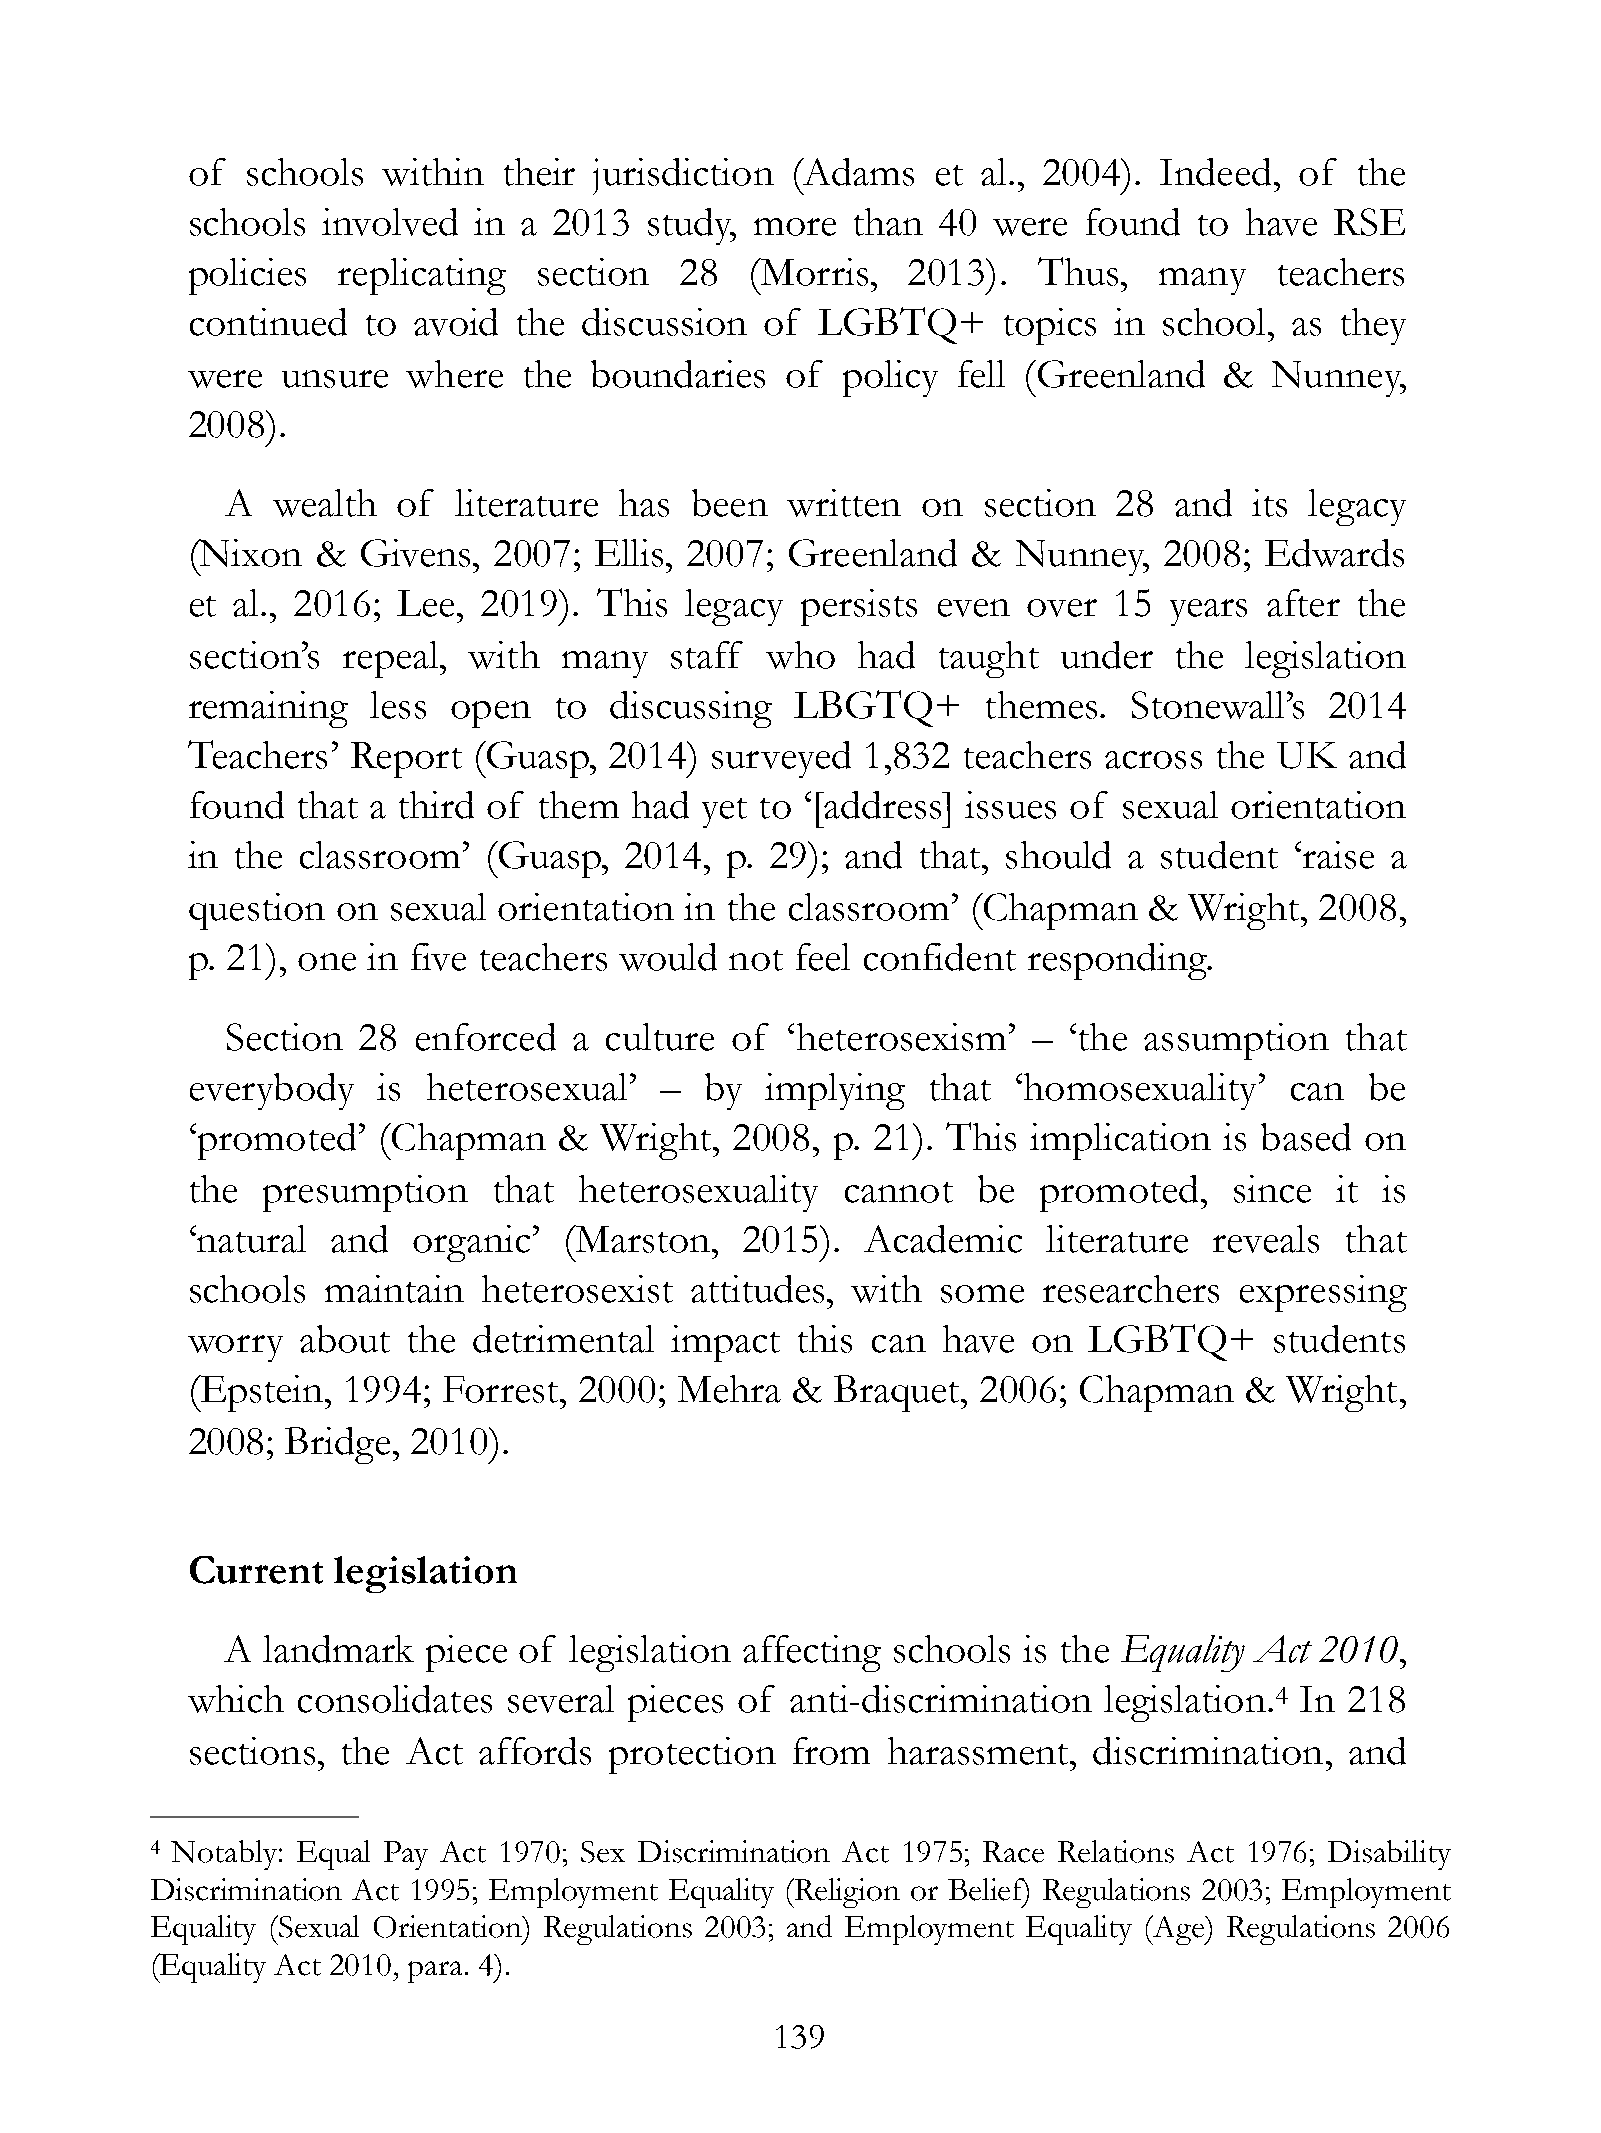
of  schools  within  their jurisdiction (Adams    et al., 2004). Indeed,  of  the
 schools  involved  in a  2013  study, more  than  40  were  found  to have  RSE
 policies  replicating  section   28   (Morris,  2013).   Thus,   many   teachers
 continued   to avoid  the  discussion  of LGBTQ+      topics  in school, as  they
 were   unsure  where   the boundaries   of  policy fell (Greenland   &  Nunney,
 2008).
 A  wealth  of  literature has  been  written  on  section  28  and  its legacy
 (Nixon   &  Givens,  2007; Ellis, 2007; Greenland   &  Nunney,   2008;  Edwards
 et al., 2016; Lee,  2019). This  legacy  persists even  over  15 years  after the
 section’s  repeal, with  many   staff  who   had  taught  under   the legislation
 remaining    less open   to discussing   LBGTQ+      themes.   Stonewall’s  2014
 Teachers’  Report  (Guasp,  2014)  surveyed  1,832  teachers across the UK   and
 found   that a third of them  had yet to ‘[address] issues of sexual orientation
 in the  classroom’  (Guasp,  2014,  p. 29); and  that, should  a student  ‘raise a
 question  on  sexual orientation in the classroom’  (Chapman    &  Wright, 2008,
 p. 21), one in five teachers would  not  feel confident responding.
 Section  28 enforced   a culture of  ‘heterosexism’  –  ‘the assumption   that
 everybody    is heterosexual’   –  by  implying  that  ‘homosexuality’   can   be
 ‘promoted’   (Chapman    &  Wright,  2008, p. 21). This implication  is based on
 the  presumption     that heterosexuality   cannot   be  promoted,    since it is
 ‘natural  and  organic’  (Marston,   2015).  Academic    literature reveals  that
 schools   maintain  heterosexist  attitudes, with some   researchers  expressing
 worry   about  the detrimental  impact   this can have  on  LGBTQ+      students
 (Epstein,  1994; Forrest, 2000;  Mehra  &  Braquet,  2006; Chapman    &  Wright,
 2008;  Bridge, 2010).
 Current   legislation
 A landmark   piece of  legislation affecting schools is the Equality Act 2010,
 which   consolidates  several pieces of anti-discrimination  legislation.4 In 218
 sections, the  Act  affords protection  from   harassment,  discrimination,  and
 4 Notably: Equal Pay Act 1970; Sex Discrimination Act 1975; Race Relations Act 1976; Disability
 Discrimination Act 1995; Employment Equality (Religion or Belief) Regulations 2003; Employment
 Equality (Sexual Orientation) Regulations 2003; and Employment Equality (Age) Regulations 2006
 (Equality Act 2010, para. 4).
 !139